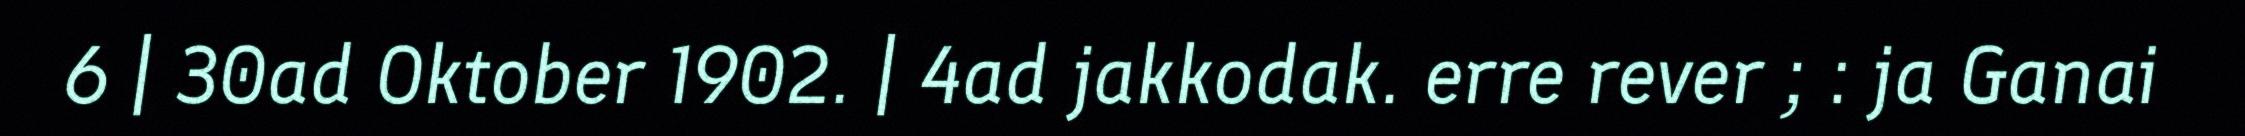
6 | 30ad Oktober 1902. | 4ad jakkodak. erre rever ; : ja Ganai